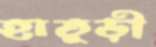
হাতুড়ী